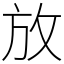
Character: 放